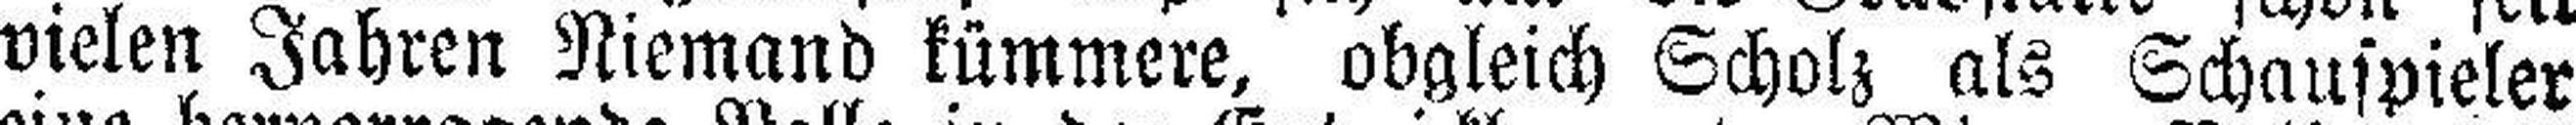
vielen Jahren Niemand kümmere, obgleich Scholz als Schauspieler